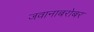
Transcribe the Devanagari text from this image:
जवानाबरोबर